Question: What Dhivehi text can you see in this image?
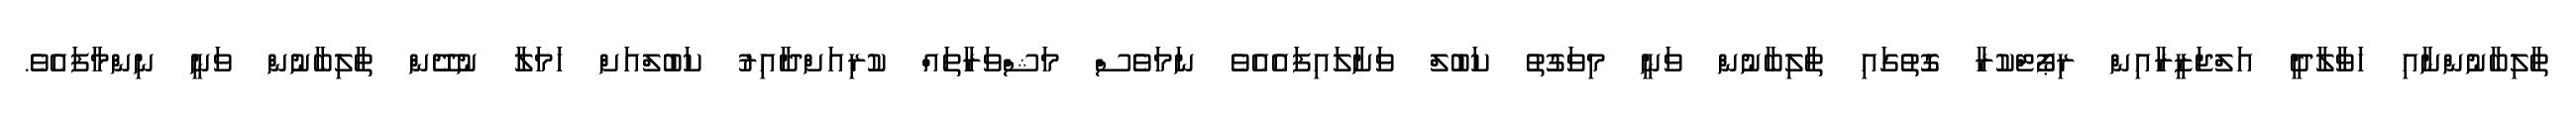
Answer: ތާލިބާނުންނާއި ހަވާލާދީ އަލްޖަޒީރާއިން ރިޕޯޓްކުރާ ގޮތުގައި ތާލިބާނުން ވަނީ މިވަގުތު ކަބުލް ވަށާލައިފައެއެވެ ނަމަވެސް މަޝްވަރާތައް ކުރިއަށްދާއިރު ކަބުލްއަށް ހަމަލާ ނުދޭން ތާލިބާނުން ވަނީ ނިންމާފައެވެ.